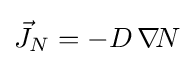
{\vec {J}}_{N}=-D\,\nabla \!N